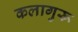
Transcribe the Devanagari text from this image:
कलागुरू